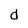
Character: d